Lunatic asylums Central Provinces reports 1874-1885 - 1874-1885
Year: 1874
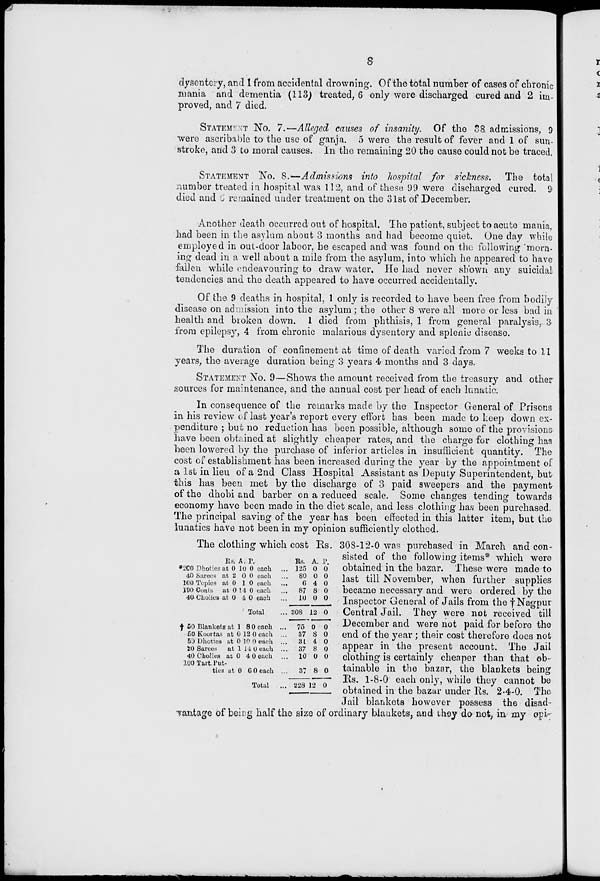
8
dysentery, and 1 from accidental drowning. Of the total number of cases of chronic
mania and dementia (113) treated, 6 only were discharged cured and 2 im-
proved, and 7 died.
STATEMENT No. 7.—Alleged causes of insanity. Of the 38 admissions, 9
were ascribable to the use of ganja. 5 were the result of fever and 1 of sun-
stroke, and 3 to moral causes. In the remaining 20 the cause could not be traced.
STATEMENT No. 8.—Admissions into hospital for sickness. The total
number treated in hospital was 112, and of these 99 were discharged cured. 9
died and 6 remained under treatment on the 31st of December.
Another death occurred out of hospital. The patient, subject to acute mania,
had been in the asylum about 3 months and had become quiet. One day while
employed in out-door laboor, he escaped and was found on the following morn-
ing dead in a well about a mile from the asylum, into which he appeared to have
fallen while endeavouring to draw water. He had never shown any suicidal
tendencies and the death appeared to have occurred accidentally.
Of the 9 deaths in hospital, 1 only is recorded to have been free from bodily
disease on admission into the asylum ; the other 8 were all more or less bad in
health and broken down. 1 died from phthisis, 1 from general paralysis, 3
from epilepsy, 4 from chronic malarious dysentery and splenic disease.
The duration of confinement at time of death varied from 7 weeks to 11
years, the average duration being 3 years 4 months and 3 days.
STATEMENT No. 9—Shows the amount received from the treasury and other
sources for maintenance, and the annual cost per head of each lunatic.
In consequence of the remarks made by the Inspector General of Prisons
in his review of last year's report every effort has been made to keep down ex-
penditure ; but no reduction has been possible, although some of the provisions
have been obtained at slightly cheaper rates, and the charge for clothing has
been lowered by the purchase of inferior articles in insufficient quantity. The
cost of establishment has been increased during the year by the appointment of
a 1st in lieu of a 2nd Class Hospital Assistant as Deputy Superintendent, but
this has been met by the discharge of 3 paid sweepers and the payment
of the dhobi and barber on a reduced scale. Some changes tending towards
economy have been made in the diet scale, and less clothing has been purchased.
The principal saving of the year has been effected in this latter item, but the
lunatics have not been in my opinion sufficiently clothed.
* 200 Photies at
40 Sarees at
100 Topies at
100 Coats
at
40 Cholies at
Rs.
0
2
0
0
0
A.
10
0
1
14
4
P.
0
0
0
0
0
each ...
each ...
each ...
each ...
each ...
Total ...
Rs.
125
80
6
87
10
308
A.
0
0
4
8
0
12
P.
0
0
0
0
0
0
The clothing which cost Rs. 308-12-0 was purchased in March and con
sisted of the following items* which were
obtained in the bazar. These were made to
last till November, when further supplies
became necessary and were ordered by the
Inspector General of Jails from the † Nagpur
Central Jail. They were not received till
December and were not paid for before the
end of the year ; their cost therefore does not
appear in the present account. The Jail
clothing is certainly cheaper than that ob-
tainable in the bazar, the blankets being
Rs. 1-8-0 each only, while they cannot be
obtained in the bazar under Rs. 2-4-0. The
Jail blankets however possess the disad-
vantage of being half the size of ordinary blankets, and they do not, in my opi-
† 50 Blankets at
50 Koortas at
50 Dhoties at
20 Sarees
at
40 Cholies at
100 Tart Put-
ties at
1
0
0
1
0
0
8
12
10
14 4
6
0
0
0
0
0
0
each ...
each ...
each ...
each ...
each
each ...
Total
...
75
37
31
37
10
37
228
0
8
4
8
0
8
12
0
0
0
0
0
0
0